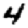
Digit: 4